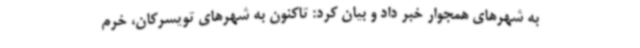
به شهرهای همجوار خبر داد و بیان کرد: تاکنون به شهرهای تویسرکان، خرم